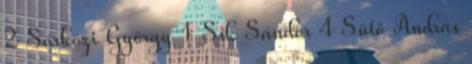
2 Sárközi György 1 Sík Sándor 4 Sütő András